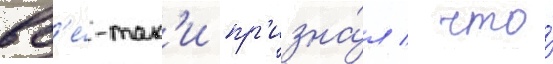
вс'е́-так'и пр'изна́л / что́